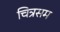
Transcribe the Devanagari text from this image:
चित्रसम